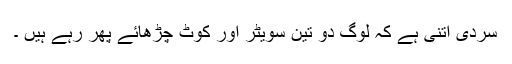
سردی اتنی ہے کہ لوگ دو تین سویٹر اور کوٹ چڑھائے پھر رہے ہیں ۔